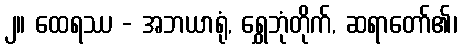
၂။ ထေရဿ - အဘယာရုံ, ရွှေဘုံတိုက်, ဆရာတော်၏၊